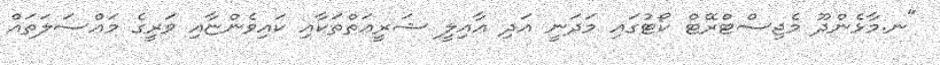
"ނ.މާޅެންދޫ މެޖިސްޓްރޭޓް ކޯޓުގައި މަދަނީ އަދި ޢާއިލީ ޝަރީޢަތްތަކާއި ކައިވެންޏާއި ވަރީގެ މައްސަލަތައް